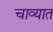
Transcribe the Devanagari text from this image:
चाव्यात